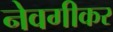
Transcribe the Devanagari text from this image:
नेवगीकर